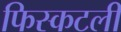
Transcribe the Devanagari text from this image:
फिस्कटली